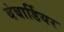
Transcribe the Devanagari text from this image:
बंबार्डियर